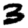
Digit: 3